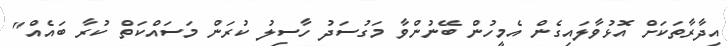
އިދާރާތަކަށް އޮޅުވާލައިގެން އެމީހުން ބޭނުންވާ މަގުސަދު ހާސިލު ކުރަން މަސައްކަތް ކުރާ ބައެއް"